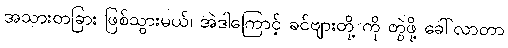
အသားတခြား ဖြစ်သွားမယ်၊ အဲဒါကြောင့် ခင်ဗျားတို့ ကို တွဲဖို့ ခေါ်လာတာ